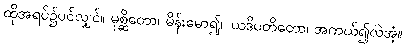
ထိုအရပ်၌ပင်လျှင်။ မုစ္ဆိတော၊ မိန်းမော၍။ ယဒိပတိတော၊ အကယ်၍လဲအံ့။